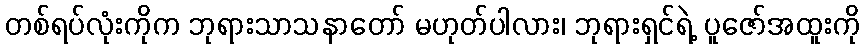
တစ်ရပ်လုံးကိုက ဘုရားသာသနာတော် မဟုတ်ပါလား၊ ဘုရားရှင်ရဲ့ ပူဇော်အထူးကို